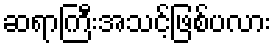
ဆရာကြီးအသင့်ဖြစ်ပလား